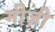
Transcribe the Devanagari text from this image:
मीज़ी